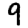
Digit: 9